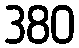
380